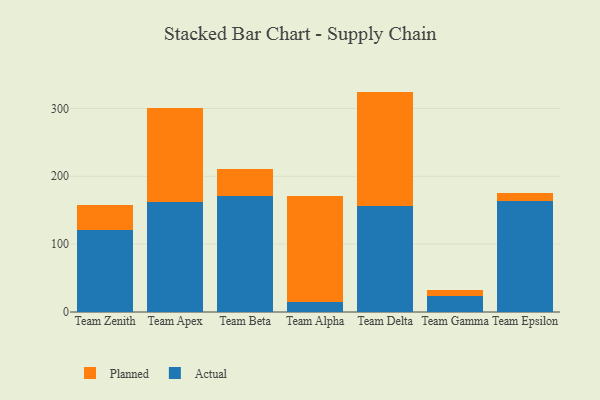
{"axis": {"x": "Team", "y": "Active Users"}, "legend": ["Actual", "Planned"], "data": [{"x": "Team Zenith", "y": 120.8, "type": "Actual"}, {"x": "Team Zenith", "y": 36.4, "type": "Planned"}, {"x": "Team Apex", "y": 162.7, "type": "Actual"}, {"x": "Team Apex", "y": 138.5, "type": "Planned"}, {"x": "Team Beta", "y": 171.1, "type": "Actual"}, {"x": "Team Beta", "y": 40.3, "type": "Planned"}, {"x": "Team Alpha", "y": 15.2, "type": "Actual"}, {"x": "Team Alpha", "y": 155.3, "type": "Planned"}, {"x": "Team Delta", "y": 156.0, "type": "Actual"}, {"x": "Team Delta", "y": 168.8, "type": "Planned"}, {"x": "Team Gamma", "y": 23.4, "type": "Actual"}, {"x": "Team Gamma", "y": 8.6, "type": "Planned"}, {"x": "Team Epsilon", "y": 163.4, "type": "Actual"}, {"x": "Team Epsilon", "y": 11.3, "type": "Planned"}]}